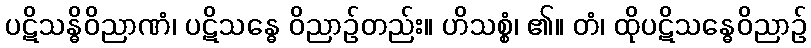
ပဋိသန္ဓိဝိညာဏံ၊ ပဋိသန္ဓေ ဝိညာဉ်တည်း။ ဟိသစ္စံ၊ ၏။ တံ၊ ထိုပဋိသန္ဓေဝိညာဉ်